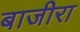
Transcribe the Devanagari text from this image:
बाजीरा